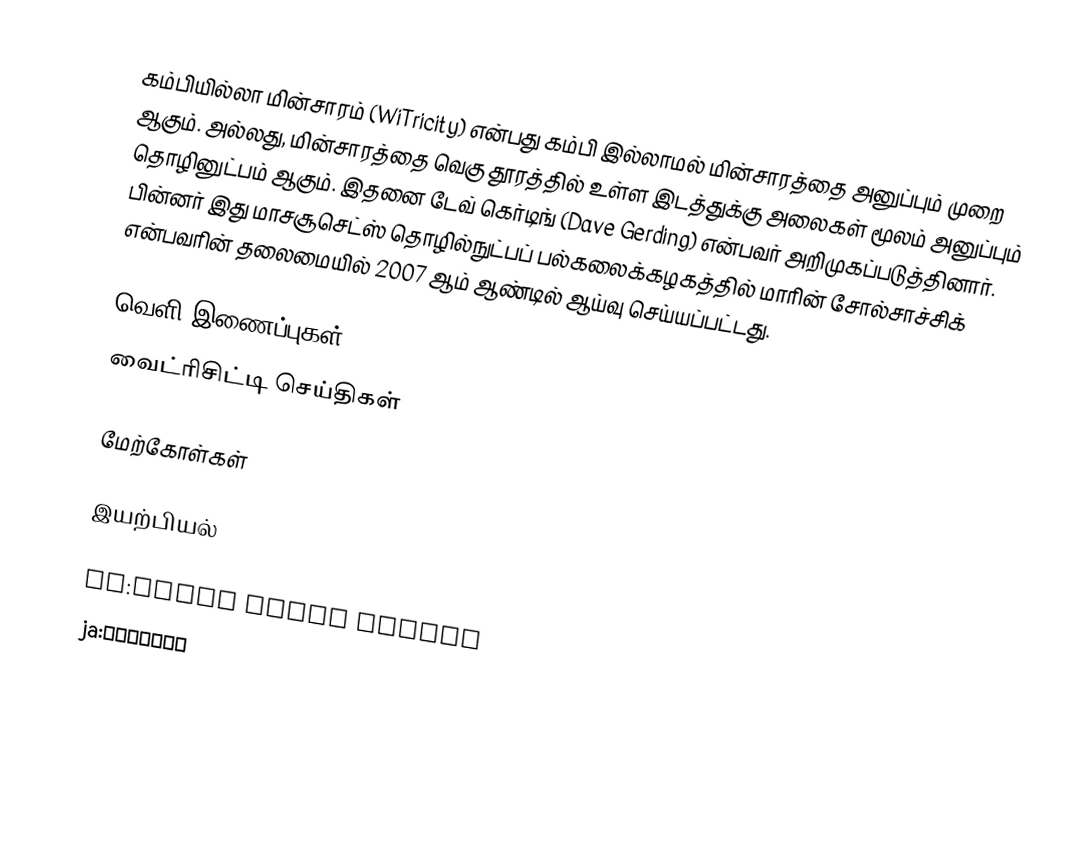
கம்பியில்லா மின்சாரம் (WiTricity) என்பது கம்பி இல்லாமல் மின்சாரத்தை அனுப்பும் முறை ஆகும். அல்லது, மின்சாரத்தை வெகு தூரத்தில் உள்ள இடத்துக்கு அலைகள் மூலம் அனுப்பும் தொழினுட்பம் ஆகும். இதனை டேவ் கெர்டிங் (Dave Gerding) என்பவர் அறிமுகப்படுத்தினார். பின்னர் இது மாசசூசெட்ஸ் தொழில்நுட்பப் பல்கலைக்கழகத்தில் மாரின் சோல்சாச்சிக் என்பவரின் தலைமையில் 2007 ஆம் ஆண்டில் ஆய்வு செய்யப்பட்டது.

வெளி இணைப்புகள்
 வைட்ரிசிட்டி செய்திகள்

மேற்கோள்கள்

இயற்பியல்

fa:انتقال انرژی بیسیم
ja:ワイヤレス電力